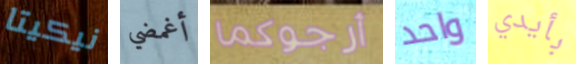
نيكيتا أغمضي أرجوكما واحد بأيدي